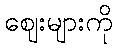
ဈေးများကို